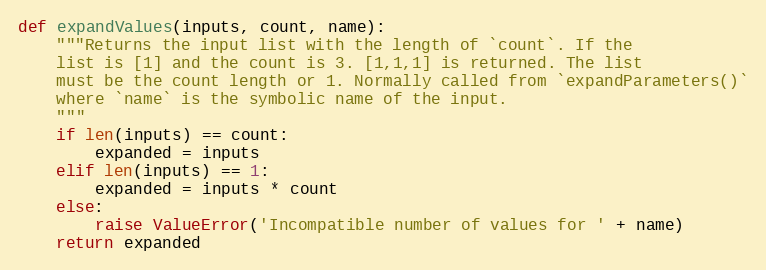
Language: Python
def expandValues(inputs, count, name):
    """Returns the input list with the length of `count`. If the
    list is [1] and the count is 3. [1,1,1] is returned. The list
    must be the count length or 1. Normally called from `expandParameters()`
    where `name` is the symbolic name of the input.
    """
    if len(inputs) == count:
        expanded = inputs
    elif len(inputs) == 1:
        expanded = inputs * count
    else:
        raise ValueError('Incompatible number of values for ' + name)
    return expanded